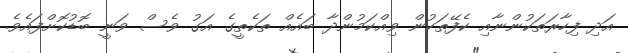
އަދި ފިހާރަތަކުންނާއި ކެފޭތަކުން ވިއްކަމުންދާ ބައެއް ތަކެތީގެ އަގު ވެސް ވަނީ ބޮޑުކޮށްފައެވެ.